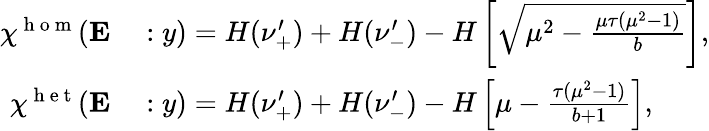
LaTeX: \begin{array}{rl}{\chi^{\mathrm{~h~o~m~}}(\mathbf{E}}&{{}:y)=H(\nu_{+}^{\prime})+H(\nu_{-}^{\prime})-H\left[\sqrt{\mu^{2}-\frac{\mu\tau(\mu^{2}-1)}{b}}\right],}\\ {\chi^{\mathrm{~h~e~t~}}(\mathbf{E}}&{{}:y)=H(\nu_{+}^{\prime})+H(\nu_{-}^{\prime})-H\left[\mu-\frac{\tau(\mu^{2}-1)}{b+1}\right],}\end{array}